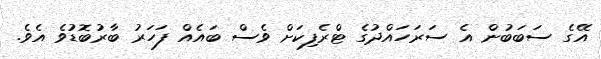
އޭގެ ސަބަބުން އެ ސަރަހައްދުގެ ޓްރެފިކަށް ވެސް ބައެއް ފަހަރު ބާރުބޮޑުވެ އެވެ.